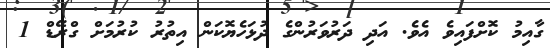
ގާއިމު ކޮށްފައިވެ އެވެ. އަދި ދަރުވަރުންގެ ދުޅަހެޔޮކަން އިތުރު ކުރުމަށް ގްރޭޑް 1